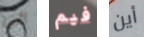
الى فيم أين